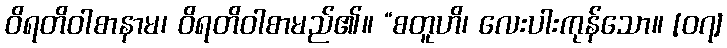
ဝိရတိဝါစာနာမ၊ ဝိရတိဝါစာမည်၏။ “စတူဟိ၊ လေးပါးကုန်သော။ [၀၇]